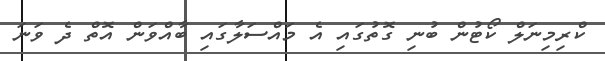
ކްރިމިނަލް ކޯޓުން ބުނި ގޮތުގައި އެ މައްސަލާގައި ބާއްވަން އޮތް ދެ ވަނަ